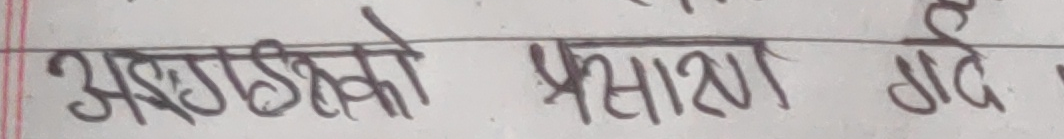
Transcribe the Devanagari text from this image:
अङ्ग्रेजीको प्रसारमा गए